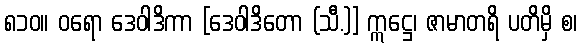
၈၁၀။ ဝရော ဒေဝါဒိကာ [ဒေဝါဒိတော (သီ.)] ဣဋ္ဌေ၊ ဇာမာတရိ ပတိမှိ စ၊